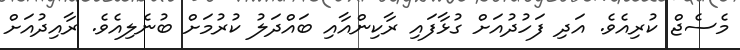
މެސެޖް ކުރިއެވެ. އަދި ފަހުދުއަަށް ގުޅާފައި ރާކިންއާއި ބައްދަލު ކުރުމަށް ބުނެލިއެވެ. ރާއިދުއަށް